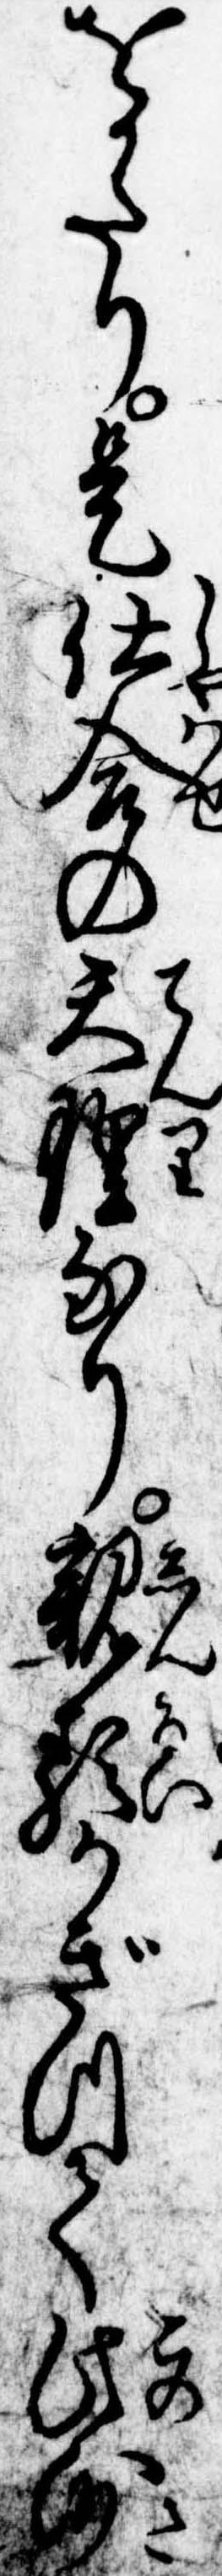
をかたり是仕合の天理なり親類かぎつて此沙